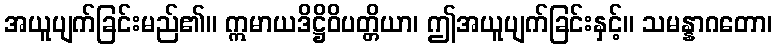
အယူပျက်ခြင်းမည်၏။ ဣမာယဒိဋ္ဌိဝိပတ္တိယာ၊ ဤအယူပျက်ခြင်းနှင့်။ သမန္နာဂတော၊